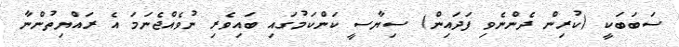
ސަބަބަކީ (ކުރިން ދެންނެވި ފަދައިން) ސިޔާސީ ކަންކަމުގައި ބައިވެރި ނުވެއްޖެނަމަ އެ ރައްޔިތުންނާ